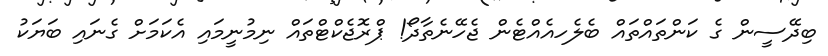
ބިދޭސީން ގެ ކަންތައްތައް ބެލެހއެއްޓެން ޖެހޭނެތާދޯ! ޕްރޮޖެކްޓްތައް ނިމުނީމައި އެކަމަށް ގެނައި ބަޔަކު